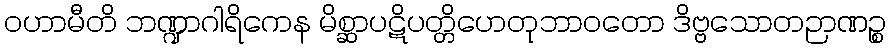
ဝဟာမီတိ ဘဏ္ဍာဂါရိကေန မိစ္ဆာပဋိပတ္တိဟေတုဘာဝတော ဒိဗ္ဗသောတဉာဏဉ္စ